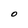
Character: 0